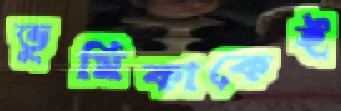
ভূমিকাকেই